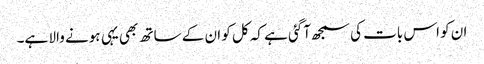
ان کو اس بات کی سمجھ آگئی ہے کہ کل کو ان کے ساتھ بھی یہی ہونے والا ہے۔